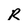
Character: R